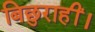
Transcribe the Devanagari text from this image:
बिछुराहीं।